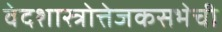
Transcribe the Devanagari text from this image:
वेदशास्त्रोत्तेजकसभेची